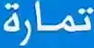
تمارَة